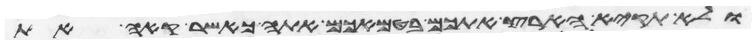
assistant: ולא תקיא הארץ אתכם בטמאכם אתה כאשר קאה את